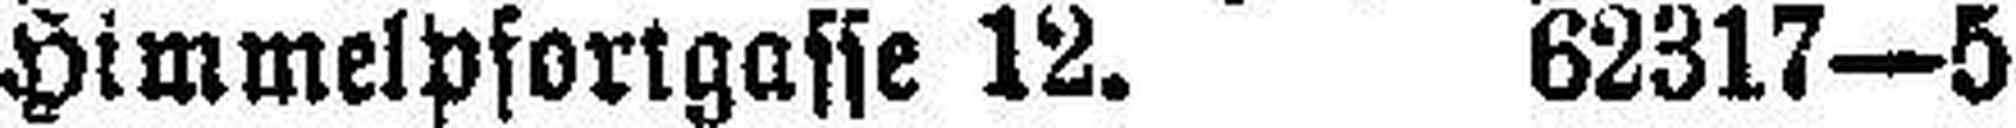
Himmelpfortgasse 12. 62317—5